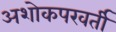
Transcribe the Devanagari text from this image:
अशोकपरवर्ती